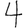
Digit: 4